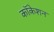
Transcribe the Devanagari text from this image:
कॉकेशन